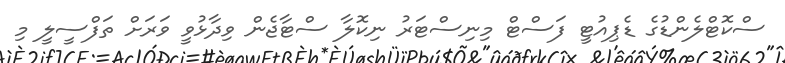
ސްކޮޓްލެންޑުގެ ޑެޕިއުޓީ ފަސްޓް މިނިސްޓަރު ނިކޮލާ ސްޓާޖެން ވިދާޅުވީ ވަރަށް ތަފްސީލީ މި